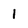
Character: 1